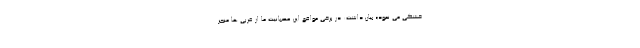
خشکی می نمود» بیان داشت: در برخی مواقع این عصبانیت ما از غربی ها منجر